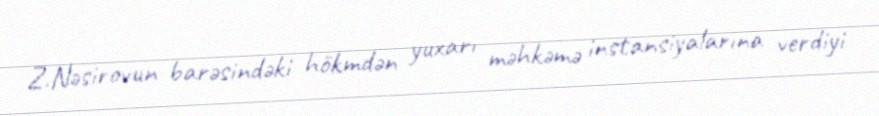
Z.Nəsirovun barəsindəki hökmdən yuxarı məhkəmə instansiyalarına verdiyi